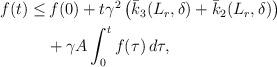
LaTeX: \begin{align*}\begin{aligned}f(t) \le&\, f(0)+ t \gamma^2\left(\bar{k}_3(L_r,\delta)+\bar{k}_2(L_r,\delta) \right) \\&+ \gamma A\int_0^t f(\tau)\,d\tau,\end{aligned}\end{align*}